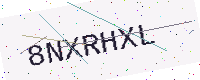
Text: 8NXRHXL